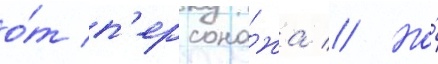
о́т п'ерсона́жа // Но́